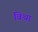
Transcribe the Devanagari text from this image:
विथा